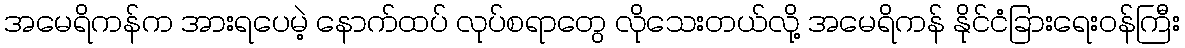
အမေရိကန်က အားရပေမဲ့ နောက်ထပ် လုပ်စရာတွေ လိုသေးတယ်လို့ အမေရိကန် နိုင်ငံခြားရေးဝန်ကြီး